Medical and sanitary report of the native army of Madras for the year
Year: 1877
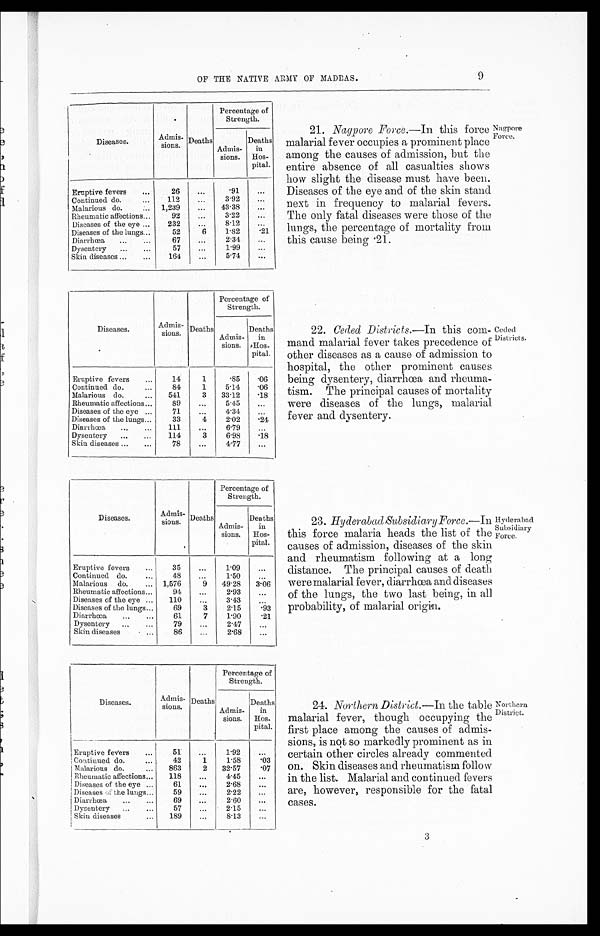
O F T H E N A T I V E A R MY O F MA D R A S . 9
Diseases.
A d m i s - s i o n s .
Deaths
Percentage of
Strength.
Admits.
sions.
Deaths
in
Hos-
pital.
Eruptive fevers ...
26
...
.91
...
Continued do. ... 112
...
3.92 ...
Malarious do.
.... 1,239
...
43.38
...
Rheumatic affections...
92
...
3.22
...
Diseases of the eye ...
232
...
8.12
...
Diseases of the lungs...
42
6
1.82
.21
Diarrhœa ... ...
67
.
...
2.34
...
Dysentery ... ...
57
...
1 . 9 9 ...
Skin diseases ... ...
164
...
5 . 7 4 ...
Diseases.
Admits-
Lions. Deaths
Percentage of
Strength.
Admits-
sions.
Deaths
in
Hos-
pital.
Eruptive fevers ...
14
1
. 8 4
0 6
Continued do
84
1
5 . 1 4
. 0 6
Malarious do
.....
3 33..12
. 1 8
Rheumatic affections
89
...
5.45 ...
Diseases of the eye ...
71
...
4.34
...
Diseases of the lungs...
33
. 4 .
2.02
2 4
Diarrhœa ..... ...
1 1 2
. . .
6 . 7 9 . .
Dysentery ... ...
114
3
6 . 9 8
1 1 8
Skin diseases... ...
78
...
4 . 7 7 ...
21. Nagpore Force.—In this force
malarial fever occupies a prominent place
among the causes of admission, but the
entire absence of all casualties shows
how slight the disease must have been.
Diseases of the eye and of the skin stand
next in frequency to malarial fevers.
The only fatal diseases were those of -the
lungs, the percentage of mortality from
this cause being .21.
22. Ceded Districts.—In this com
-
mand malarial fever takes precedence of
other diseases as a cause of admission to
hospital, the other prominent causes
being dysentery, diarrhœa and rheuma-
-
tism. The principal causes of mortality
were diseases of the lungs, malarial
fever and dysentery.
Namlore
Force.
Ceded
Districts.
Diseases.
Admis-
sions. Deaths
Percentage of
Strength.
Admits-
sions.
Deaths
in
Hos-
pital.
Eruptive fevers
34
...
1.09 ...
Continued do.
...
48
..
1 . 4 8 ...
Malarions do.
... 1,476
9.
4 9 . 2 8
...
3.06
Rheumatic affections..
94
..
. . . .
2 . 9 3
...
Diseases of the eye ... 112
..
. . .
3.43 ...
Diseases of the lungs...
69
3
2 . 1 5
. 9 3
Diarrhœa ... ...
61
7
1.92
. 2 1
Dysentery ... ...
79
...
2.47
..
.
Skin diseases
...
86
...
2.68
...
...
23. Hyderabad Subsidiary Force.— In
this force malaria heads the list of the
causes of admission, diseases of the skin
and rheumatism following at a long
distance. The principal causes of death
were malarial fever, diarrhœa and diseases
of the lungs, the two last being, in all
probability, of malarial or origin.
Hyderabad
Subsidiary
Force.
Diseases.
Admis-sions. Deaths.
Percentage of Strength.
Admis-sions.
D e a t h s i n H o s - p i t a l .
Eruptive fevers ...
5 1
. . .
1 . 9 2
. .
Continued do,...
4 2
1
1 . 5 8
. 0 3
Malarious do....
8 6 3
2
3 2 . 5 7
. 0 7
Rheumatic affections
1 1 8
. . .
4 . 4 5
. .
Diseases of the eye
6 1
. . .
2 . 6 8
. .
Diseases if the lungs .
5 9
. . .
2 . 2 2
. .
Diarrhœa ......
6 9
. . .
2 . 6 0
. .
Dysentery ......
5 7
. . .
2 . 1 5
. .
Skin diseases....
1 8 9
. . .
8 . 1 3
. .
24. Northern District.— In the table
malarial fever, though occupying the
first place among the causes of admis-
-
sions, is note so markedly prominent as in
certain other circles already commented
on. Skin diseases and rheumatism follow
in the list. Malarial and continued fevers
are, however, responsible for the fatal
cases.
Northern
District.
3